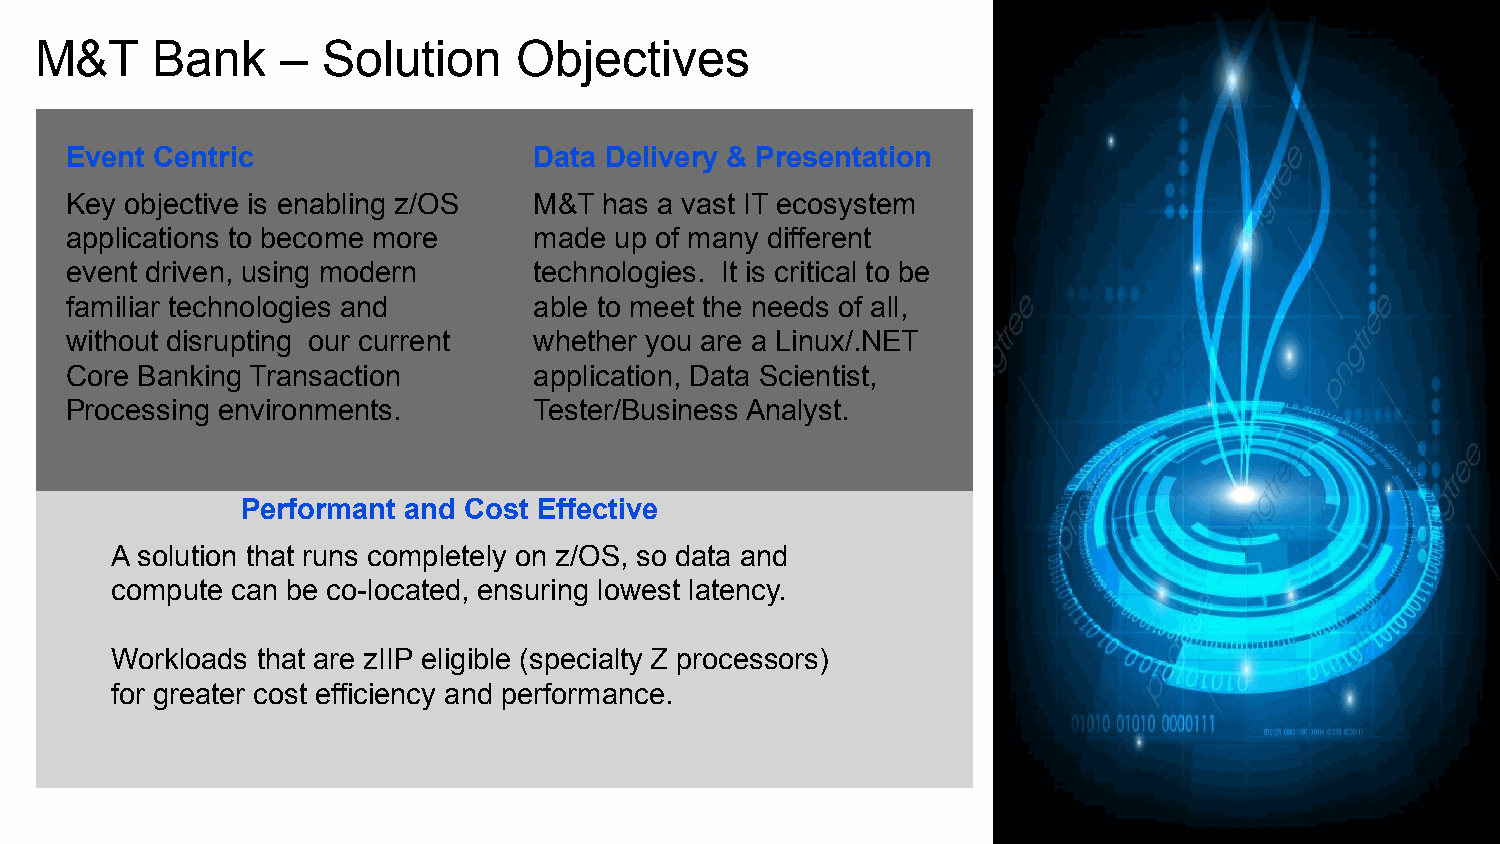
M&T     Bank     – Solution     Objectives
 Event Centric                  Data Delivery & Presentation
 Key objective is enabling z/OS M&T  has a vast IT ecosystem
 applications to become more    made  up of many different
 event driven, using modern     technologies. It is critical to be
 familiar technologies and      able to meet the needs of all,
 without disrupting our current whether you are a Linux/.NET
 Core Banking Transaction       application, Data Scientist,
 Processing environments.       Tester/Business Analyst.
 Performant and Cost Effective
 A solution that runs completely on z/OS, so data and
 compute can be co-located, ensuring lowest latency.
 Workloads that are zIIP eligible (specialty Z processors)
 for greater cost efficiency and performance.
 13